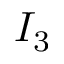
I _ { 3 }